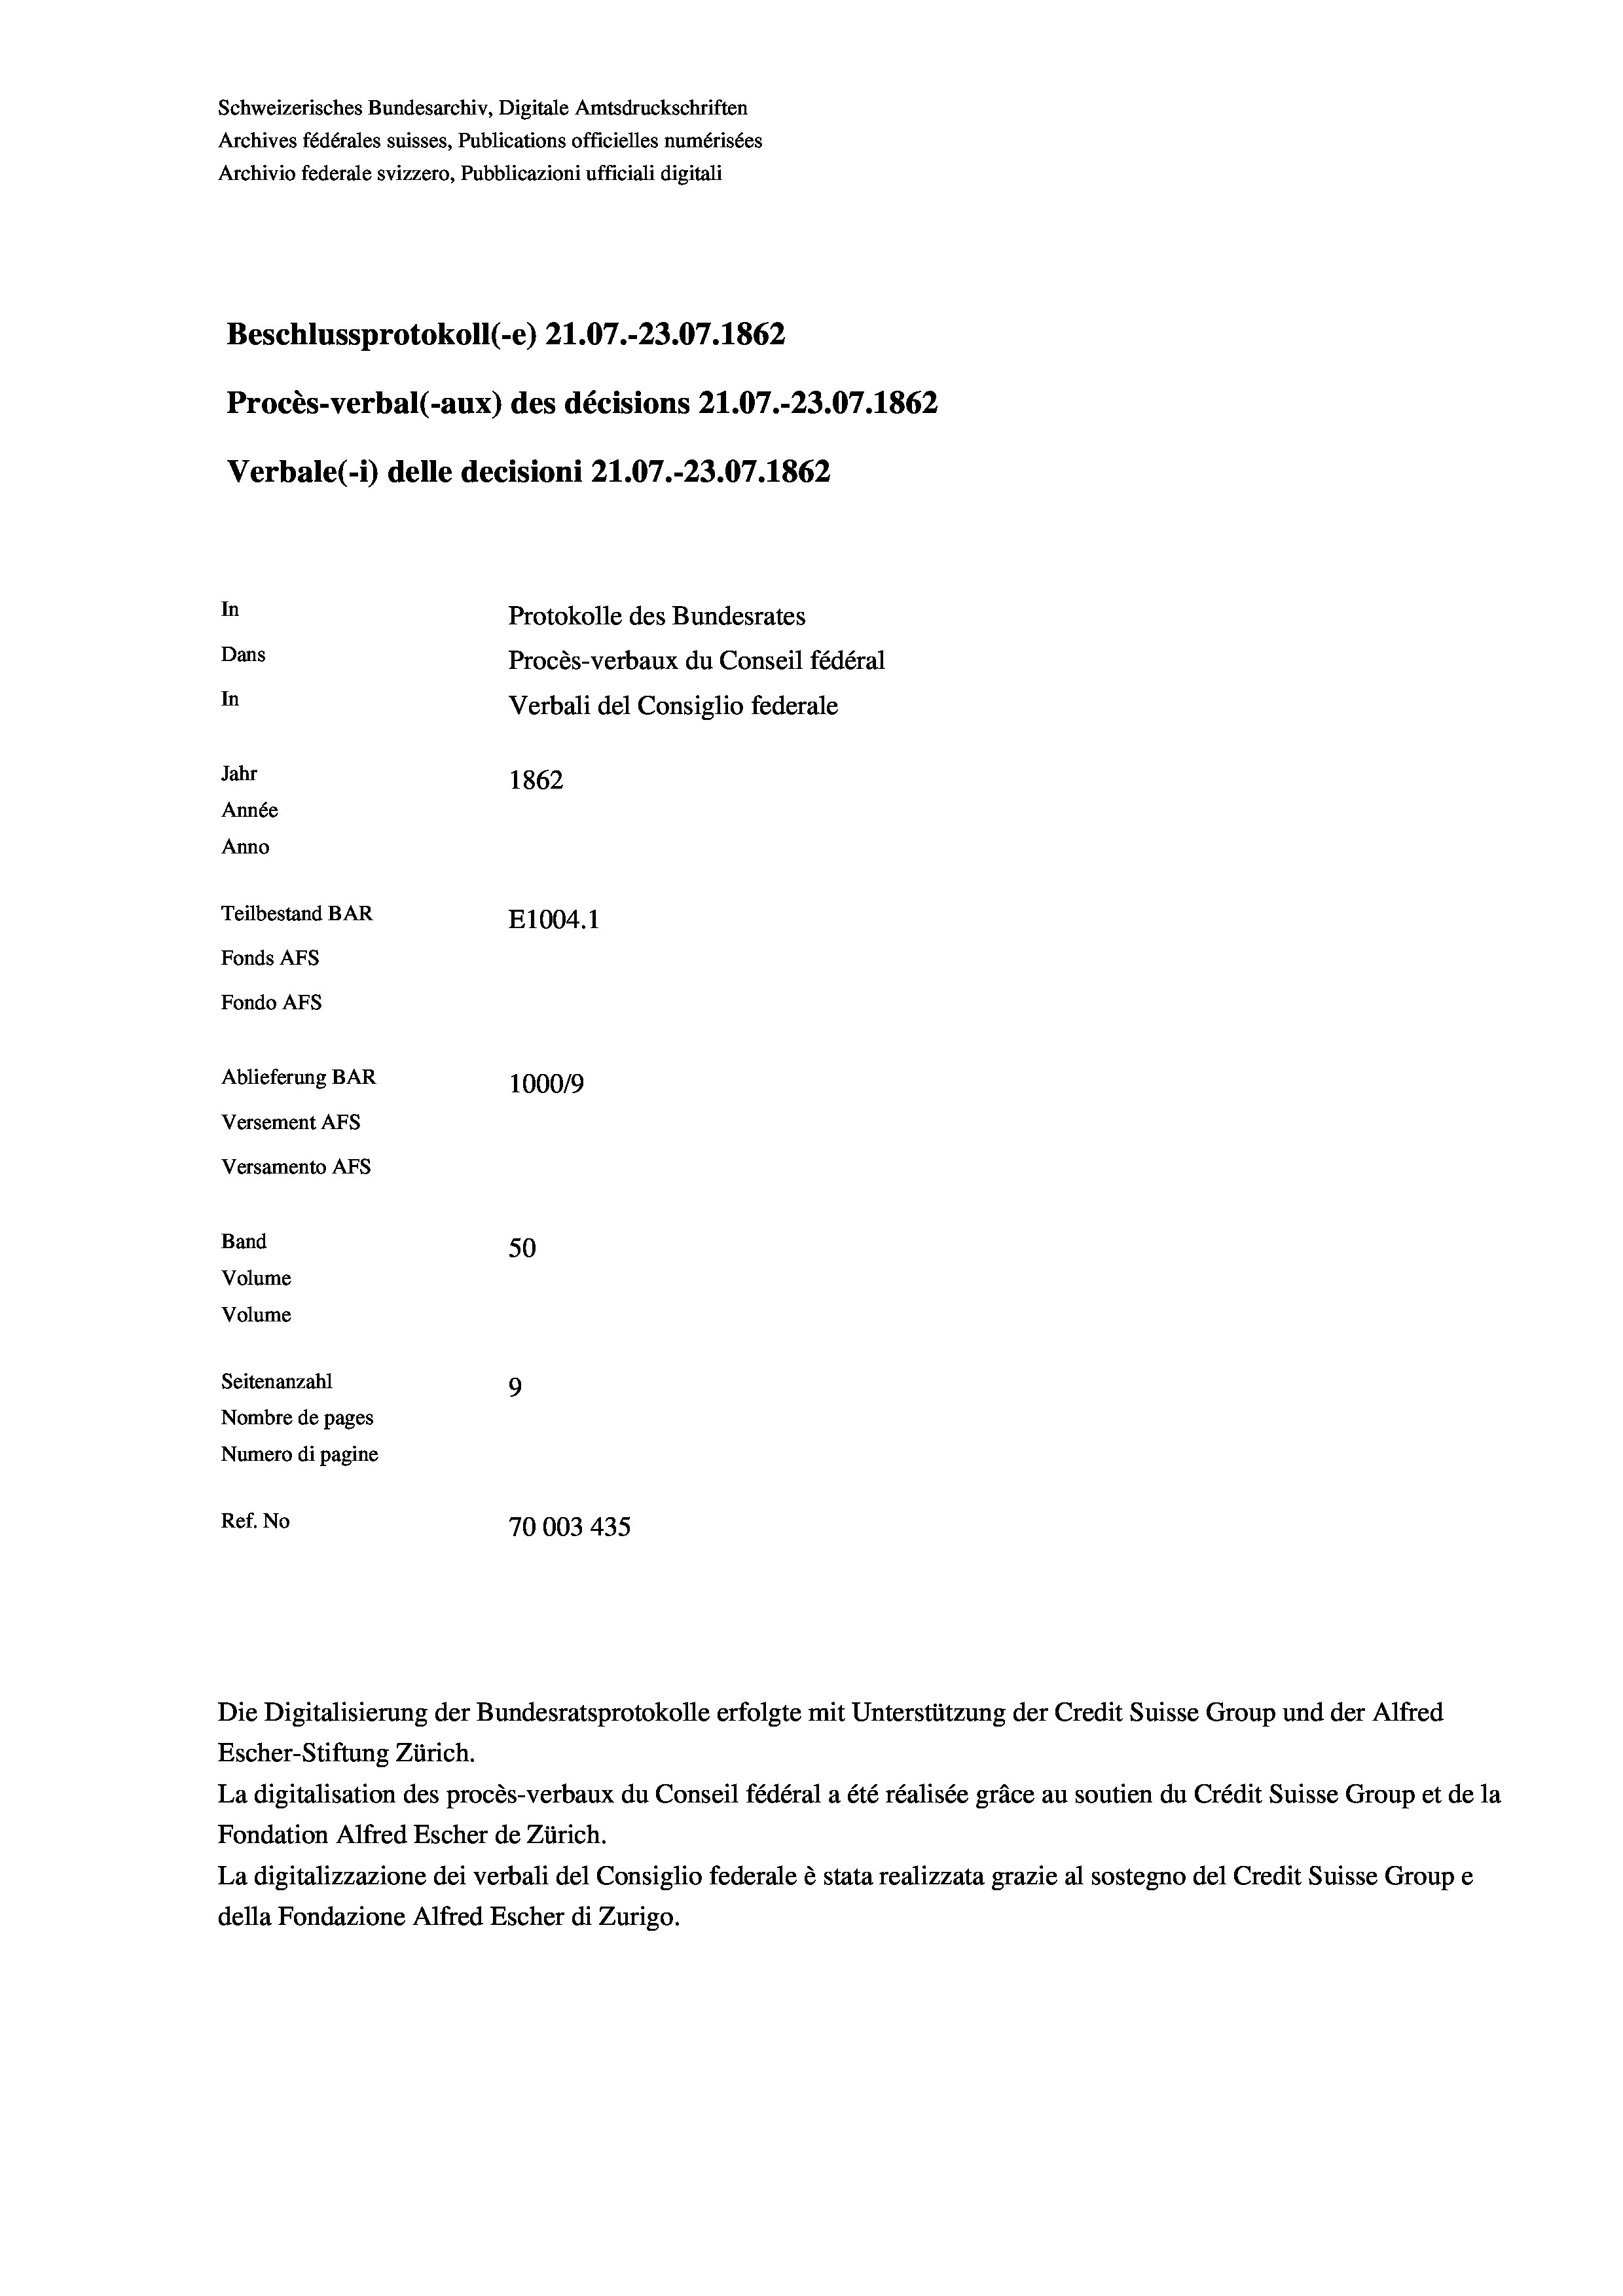
Schweizerisches Bundesarchiv, Digitale Amtsdruckschriften
Archives fédérales suisses, Publications officielles numérisées
Archivio federale svizzero, Pubblicazioni ufficiali digitali
Beschlussprotokoll (-e) 21.07.-23.07. 1862
Procès-verbal (-aux) des décisions 21.07.-23.07. 1862
Verbale(*) delle decisioni 21.07.-23.07. 1862
In
Protokolle des Bundesrates
Dans
Procès-verbaux du Conseil fédéral
In
Verbali del Consiglio federale
Jahr
1862
Année
Anno
Teilbestand BAR
E1004. 1
Fonds AFs
Fondo AFs
Ablieferung BAR
100019
Versement As
Versamento Afs
Band
50
Volume
Volume
Seitenanzahl
9
Nombre de pages
Numero di pagine
Ref. No
70003 435

Escher-Stiftung Zürich.
La digitalisation des procès-verbaux du Conseil fédéral a été réalisée gräce au soutien du Crédit Suisse Group et de la
Fondation Alfred Escher de Zürich.
La digitalizzazione dei verbali del Consiglio federale è stata realizzata grazie al sostegno del Credit Suisse Groupe
della Fondazione Alfred Escher di Zurigo.

Die Digitalisierung der Bundesratsprotokolle erfolgte mit Unterstützung der Credit Suisse Group und der Alfred